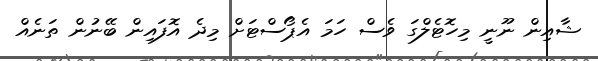
ޝާއިން ނޫނީ މިހޮޓެލްގަ ވެސް ހަމަ އެޕޯސްޓަށް މިދެ އޮފައިން ބޭނުން ތަނެއް